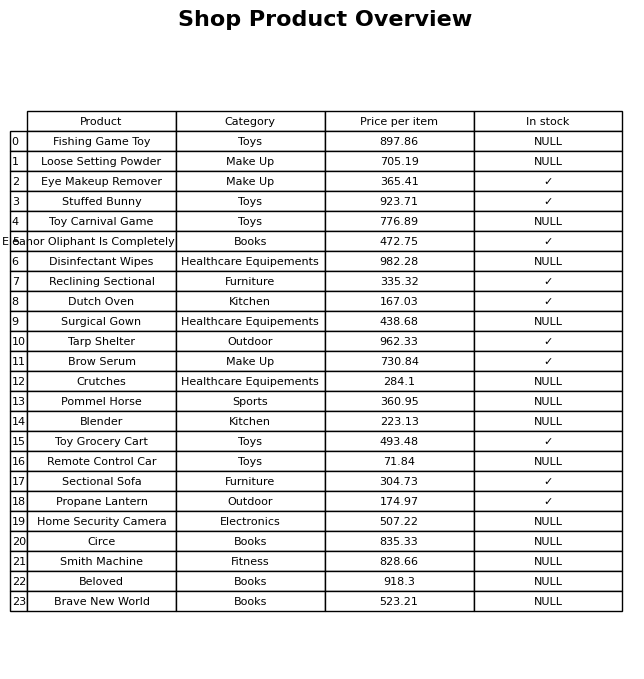
question: What is the price of the Crutches?
answer: The price of Crutches is 284.1.